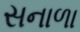
સનાળા